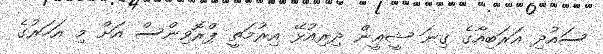
ސައުދި އަރަބިއާގެ ގިނަ ޝީޢީން ދިރިއުޅޭ އިރުމަތީ ޕްރޮވިންސް އަށް މި އަހަރުގެ